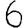
Digit: 6